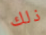
ذلك